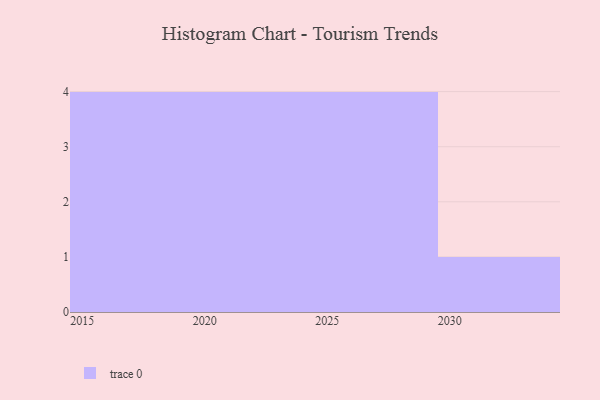
{"axis": {"x": "Year", "y": "Shipments"}, "legend": [""], "data": [{"x": "2023", "y": 68, "type": ""}, {"x": "2029", "y": 59, "type": ""}, {"x": "2016", "y": 89, "type": ""}, {"x": "2028", "y": 87, "type": ""}, {"x": "2026", "y": 10, "type": ""}, {"x": "2030", "y": 82, "type": ""}, {"x": "2025", "y": 59, "type": ""}, {"x": "2021", "y": 69, "type": ""}, {"x": "2022", "y": 61, "type": ""}, {"x": "2019", "y": 22, "type": ""}, {"x": "2017", "y": 44, "type": ""}, {"x": "2024", "y": 99, "type": ""}, {"x": "2018", "y": 9, "type": ""}]}